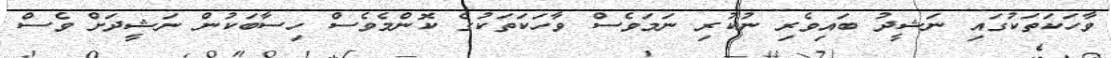
ވާހަކަތަކުގައި ނަޝީދު ބައިވެރި ނުކުރި ނަމަވެސް ވާހަކަތަކުގެ ކޮންމެވެސް ހިސާބަކުން ނަޝީދަށް ވެސް